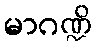
မာဂဏ္ဍိ